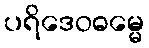
ပရိဒေဝဓမ္မေ